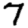
Digit: 7